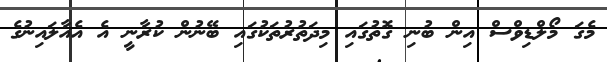
މެގަ މޯލްޑިވްސް އިން ބުނި ގޮތުގައި މިދަތުރުތަކުގައި ބޭނުން ކުރާނީ އެ އެއާލައިނުގެ